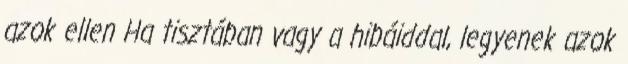
azok ellen Ha tisztában vagy a hibáiddal, legyenek azok